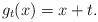
LaTeX: \begin{align*}g_t(x)=x+t.\end{align*}